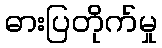
ဓားပြတိုက်မှု